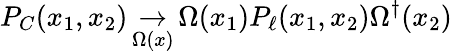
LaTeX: P_{C}(x_{1},x_{2})\mathop\to_{\Omega(x)}\Omega(x_{1})P_{\ell}(x_{1},x_{2})\Omega^{\dagger}(x_{2})